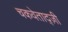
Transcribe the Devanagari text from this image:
चकवेताद्ज़ी